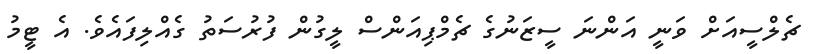
ޗެލްސީއަށް ވަނީ އަންނަ ސީޒަނުގެ ޗެމްޕިއަންސް ލީގުން ފުރުސަތު ގެއްލިފައެވެ. އެ ޓީމު